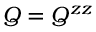
Q = Q ^ { z z }